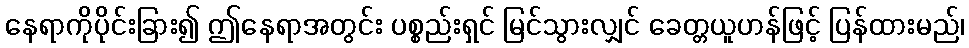
နေရာကိုပိုင်းခြား၍ ဤနေရာအတွင်း ပစ္စည်းရှင် မြင်သွားလျှင် ခေတ္တယူဟန်ဖြင့် ပြန်ထားမည်၊